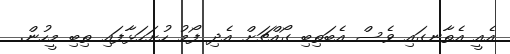
އެއީ އެތާނގައި ވެސް އެބަތިބި ގޯއްޗަށް އެދި ފޯމު ހުށަހަޅާފައި ތިބި މީހުން.